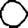
Digit: 0